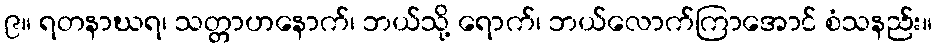
၉။ ရတနာဃရ၊ သတ္တာဟနောက်၊ ဘယ်သို့ ရောက်၊ ဘယ်လောက်ကြာအောင် စံသနည်း။